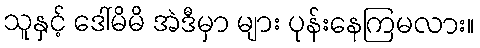
သူနှင့် ဒေါ်မိမိ အဲဒီမှာ များ ပုန်းနေကြမလား။